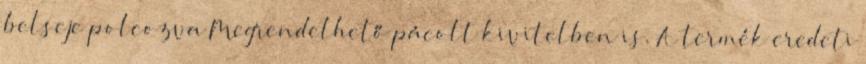
belseje polcozva Megrendelhető pácolt kivitelben is. A termék eredeti